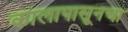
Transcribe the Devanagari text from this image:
कालापासूनचा